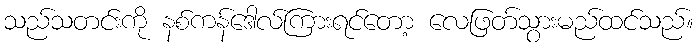
သည်သတင်းကို နစ်ကန်ဒေါလ်ကြားရင်တော့ လေဖြတ်သွားမည်ထင်သည်။